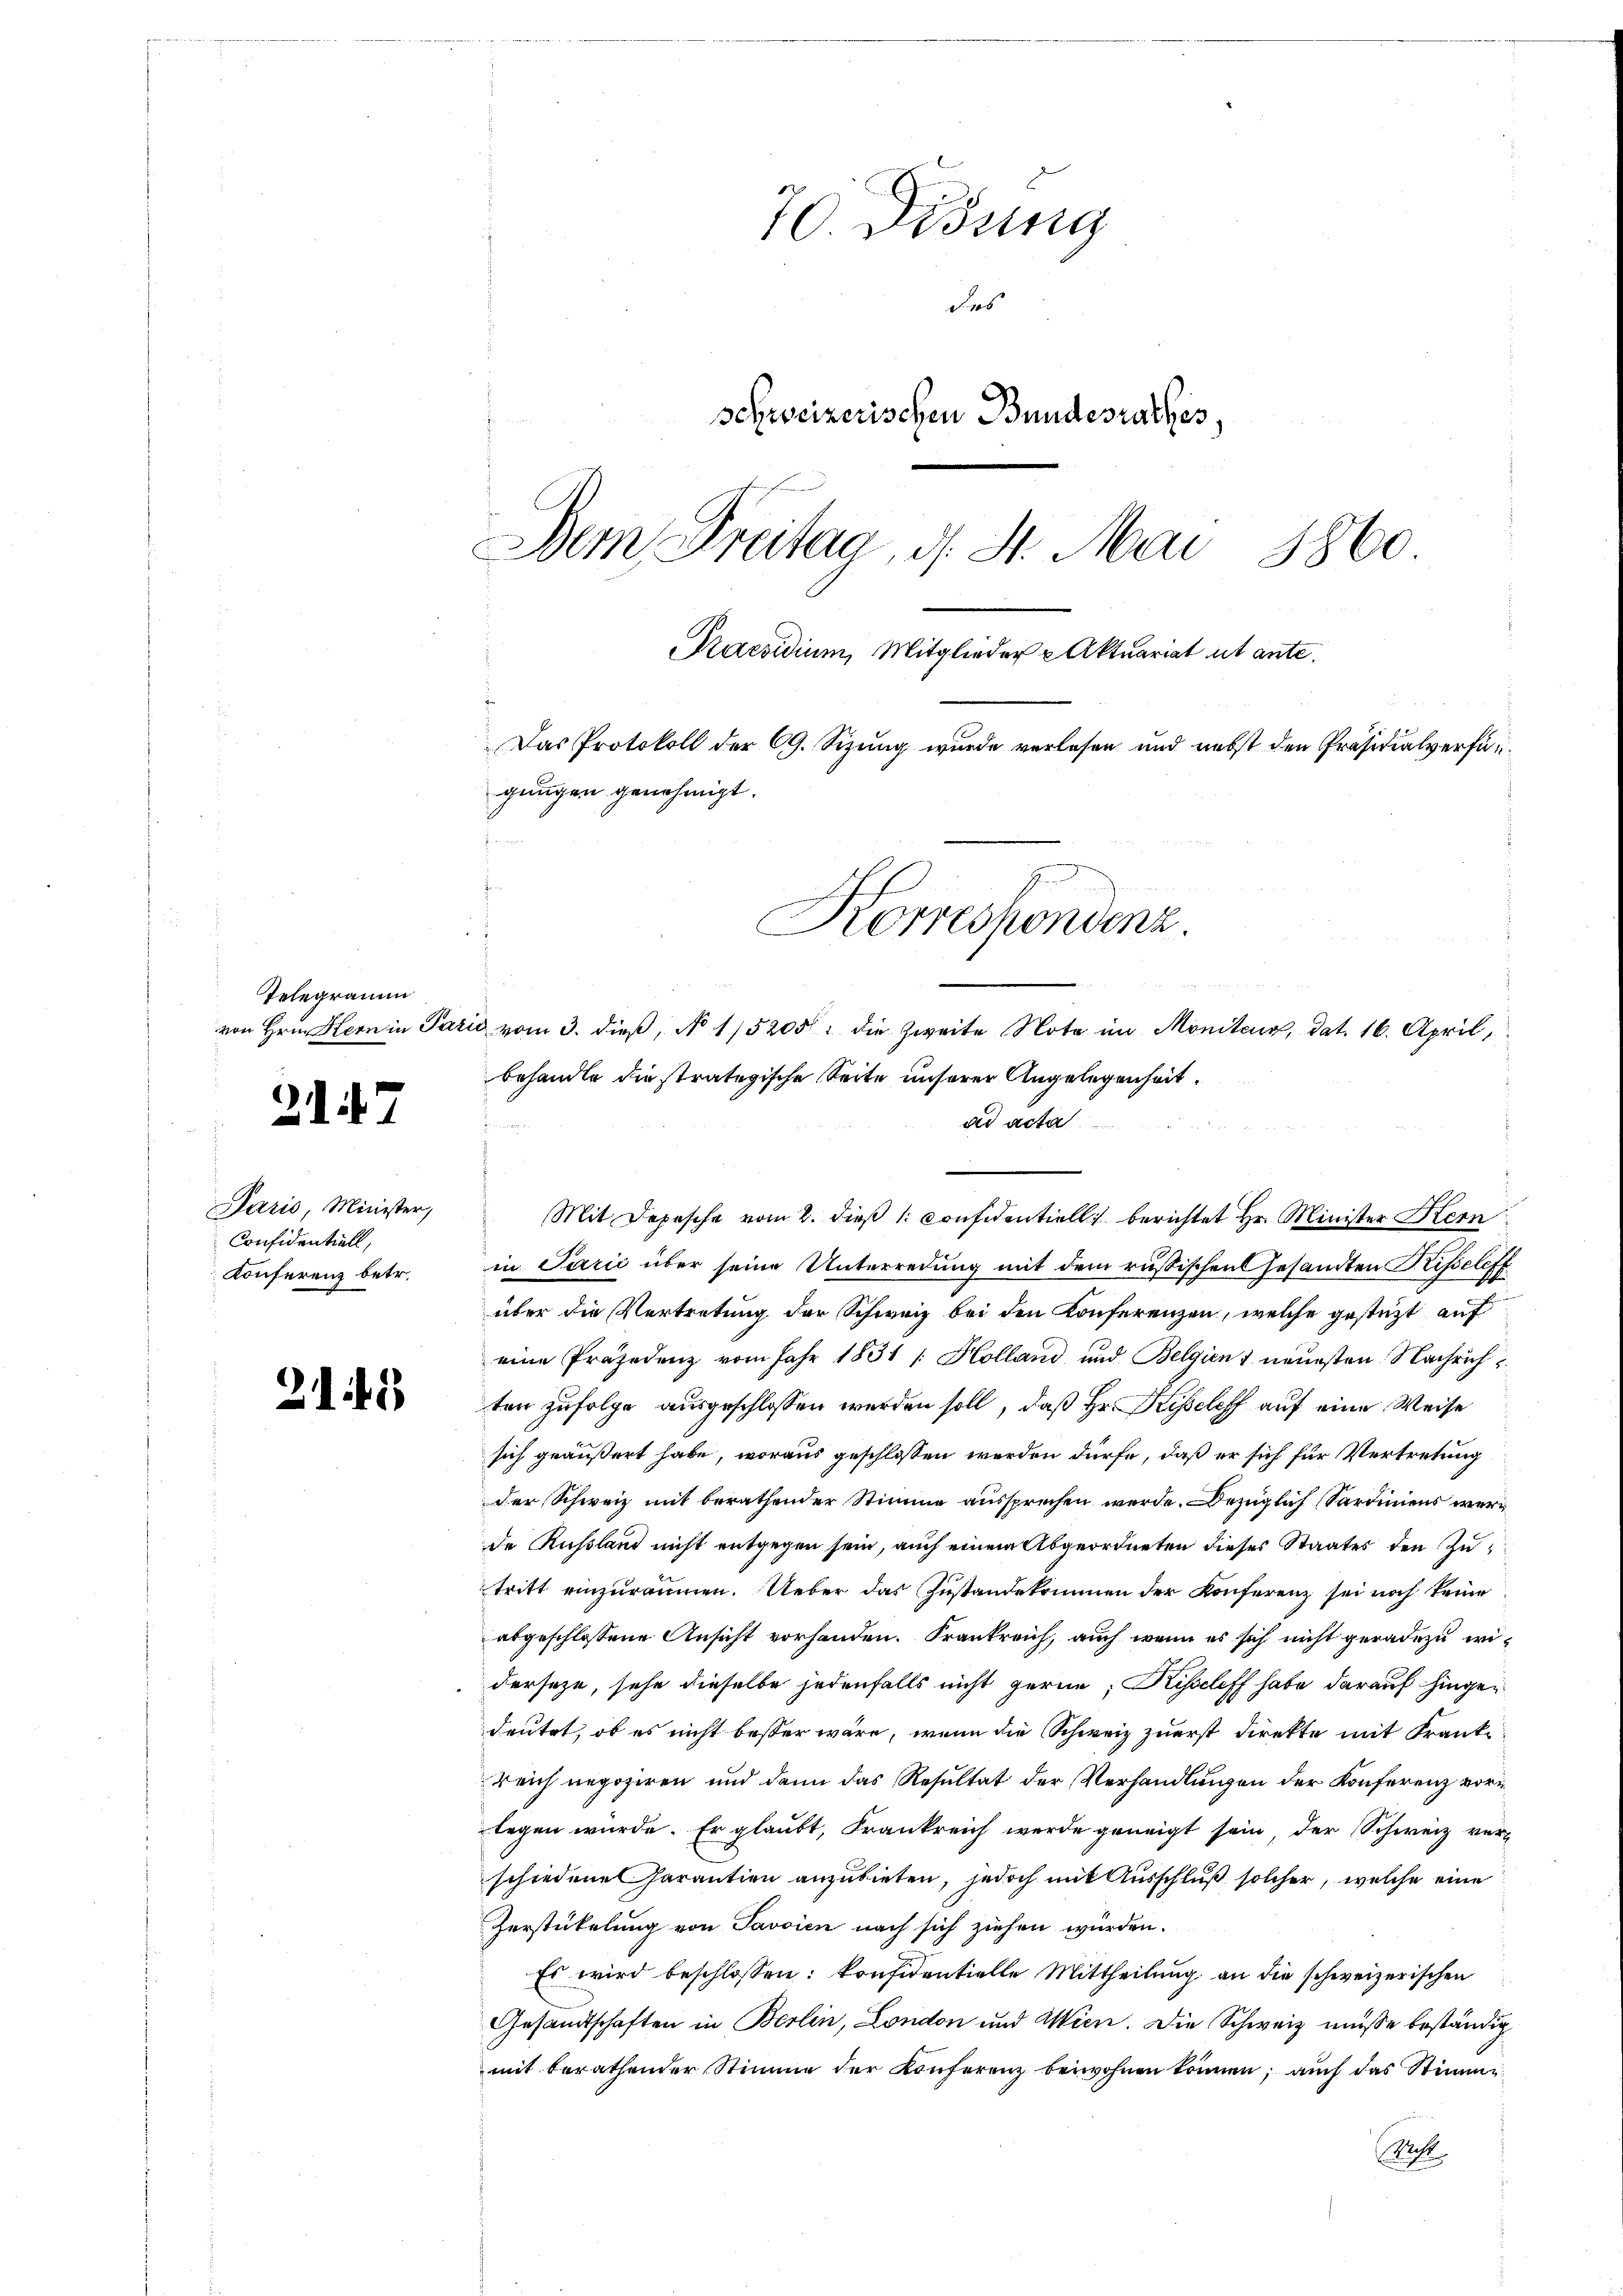
Telegramm

2. d. 17

Paris, Minister,
Considentiell,
Konferenz betr.

2141)

70. Didung
dros
schweizerischen Bundesrathes,
Dem Freitag, d. 8. Mai 1860
Praesidium, Mitglieder Aktuariat ab ante.
Das Protokoll der CG. Sizung wurde verlesen und nebst den Präsidialverfügungen genehmigt.
Korrespondenz.
von Hrn. Hern in Paris vom 3. dieβ, No 115205/ die Zweite Nota im Moniteur, dat. 16. April,
behandle die stratigische Seite unserer Angelegenheit.

ad acta
Mit Depesche vom 2. dieß 1: Considentiell berichtet Hr. Minister Her
in Parić über seine Unterredung mit dem russischen Gesandten Risselex
über die Vertretung der Schweiz bei den Konferenzen, welche gestützt auf
eine Präjedenz vom Jahr 1831 / Holland und Belgien 1 neuesten Nachrich
ten zufolge ausgeschlossen werden soll, daß Hr. Kesseleff auf eine Weise
sich geäußert habe, woraus geschlossen werden dürfe, daß er sich für Vertretung
der Schweiz mit berathender Stimme aussprechen werde. Dezüglich Sardiniens werde Russland nicht entgegen sein, auch einem Abgeordneten dieses Staates den Zutritt einzuräumen. Ueber das Zustandekommen der Konferenz sei noch keine
abgeschlossene Ansicht vorhanden. Frankreich, auch wenn es sich nicht geradezu widerseze, sehe dieselbe jedenfalls nicht gerne, Kiscliff habe darauf hingedeutet, ob es nicht besser wäre, wenn die Schweiz zuerst direkte mit Frankreich negoziren und dann das Resultat der Verhandlungen der Konferenz vorlegen wurde. Er glaubt, Frankreich werde geneigt sein, der Schweiz verschiedene Garantien anzubieten, jedoch mit Ausschluß solcher, welche eine
Zerstückelung von Javaien nach sich ziehen würden.
Es wird beschlossen: konfidentielle Mittheilung an die schweizerischen
Gesandtschaften in Berlin, London und Wien. Die Schweiz müsse beständig
mit berathender Stimme der Konferenz beiwohnen können; auch das Stimme
Pest